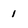
Character: 1